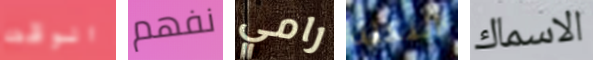
الوقت نفهم رامي النكتة الاسماك